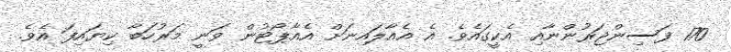
170 ފަސިންޖަރުންނާއި އެކީގައެވެ. އެ އެއާލައިނަށް އެއާޕޯޓުން ވަނީ މަރުހަބާ ކިޔައިފަ އެވެ.